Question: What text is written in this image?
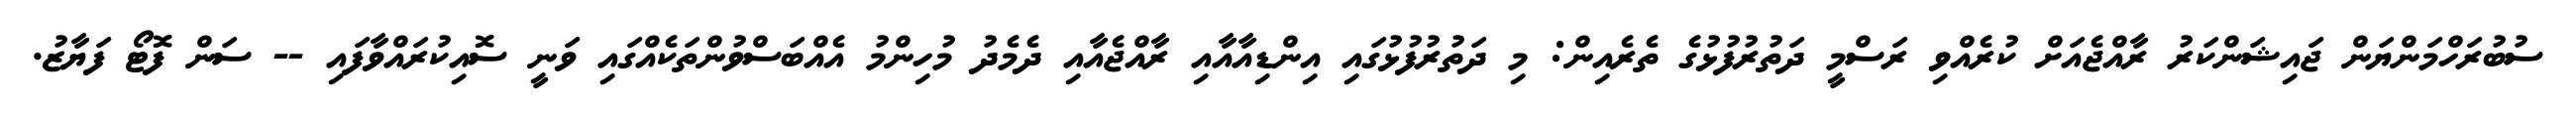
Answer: ސުބުރަހްމަންޔަން ޖައިޝަންކަރު ރާއްޖެއަށް ކުރެއްވި ރަސްމީ ދަތުރުފުޅުގެ ތެރެއިން: މި ދަތުރުފުޅުގައި އިންޑިއާއާއި ރާއްޖެއާއި ދެމެދު މުހިންމު އެއްބަސްވުންތަކެއްގައި ވަނީ ސޮއިކުރައްވާފައި -- ސަން ފޮޓޯ ފަޔާޒު.